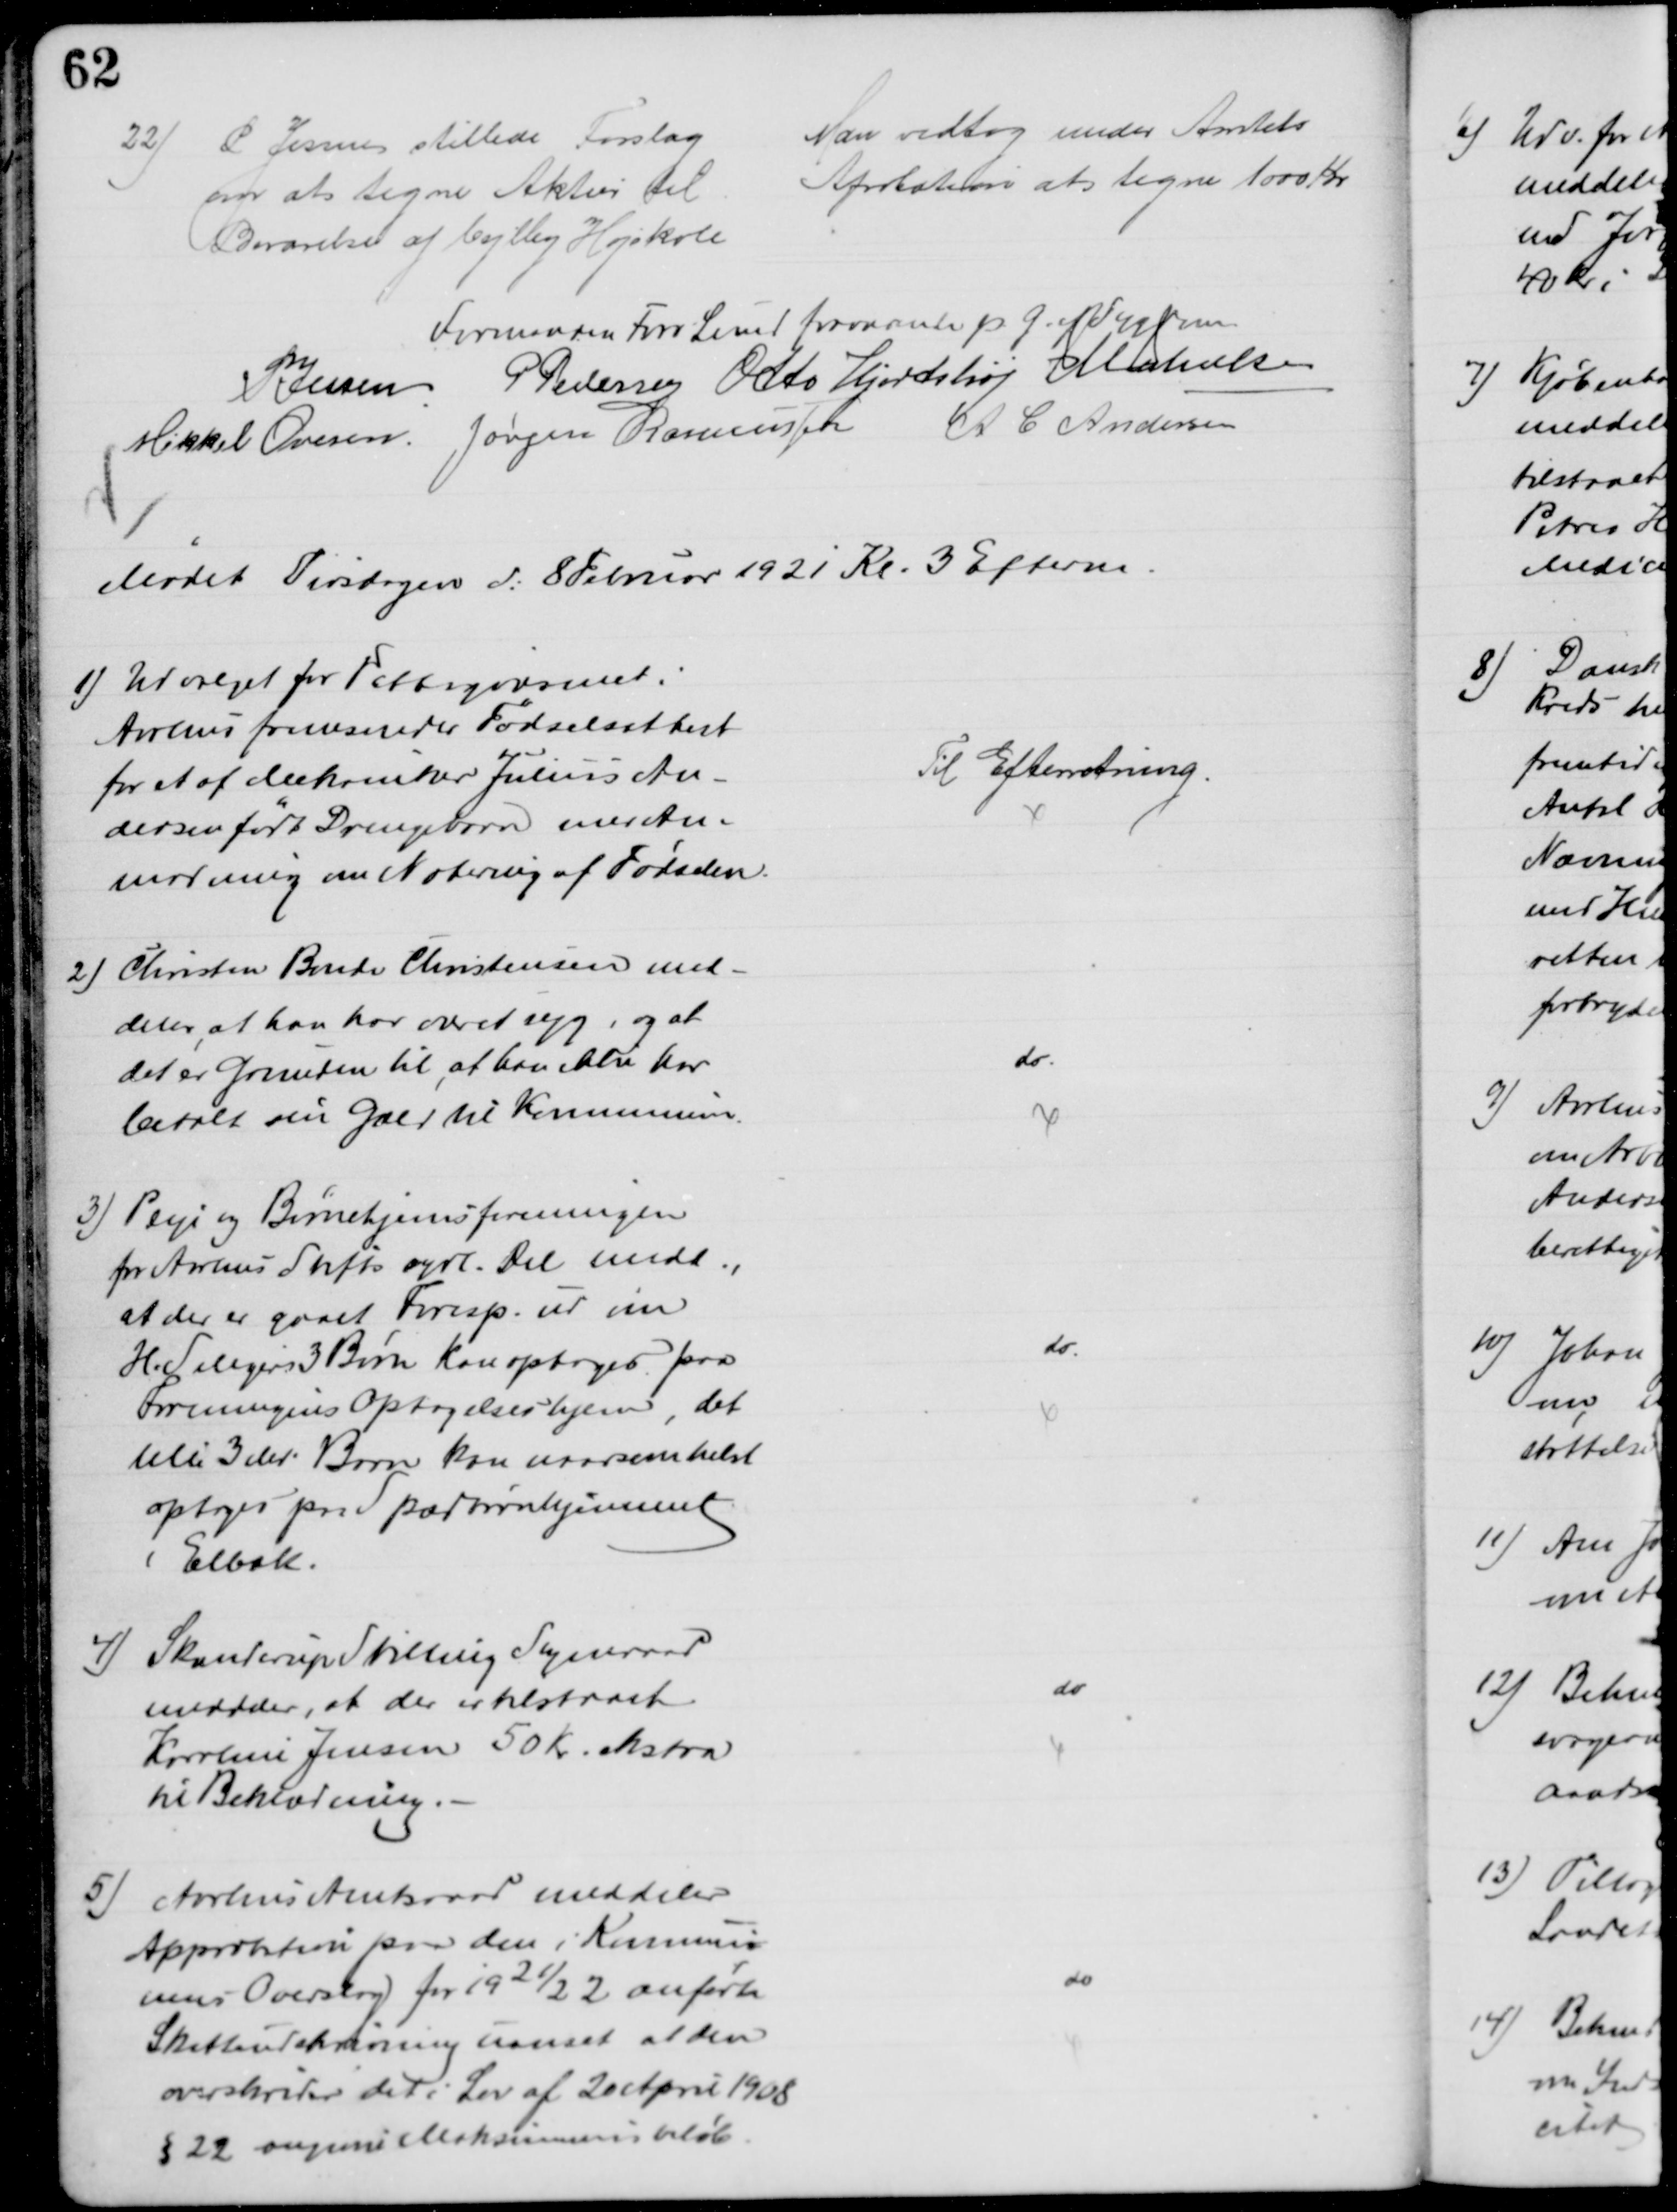
Transskription:
22)
P Jessen stillede Forslag
om at tegne Aktier til
Bevarelse af Vejlby Højskole
Man vedtog under Amtets
Aprobation at tegne 1000 Kr
Formanden Forv Lund fraværende p G. af Sygdom
P. Jessen P Pedersen Otto Hjortshøj J M Jakobsen
Mikkel Ovesen Jørgen Rasmussen A C Andersen
Mødet Tirsdagen d: 8 Februar 1921 Kl. 3 Efterm.
1) Udvalget for Fattigvæsenet i
Aarhus fremsender Fødselsattest
for et af Mekaniker Julius An-
dersen født Drengebarn med An-
modning om Notering af Fødselen.
Til Efterretning.
2) Christen Bonde Christensen med-
deler, at han har været syg, og at
det er Grunden til, at han ikke har
betalt sin Gæld til Kommunen.
do
3) Pleje og Børnehjemsforeningen
for Aarhus Stifts sydl. Del medd.
at der er gaaet Foresp. ud om
H. Seligers 3 Børn kan optages paa
Foreningens Optagelseshjem, det
lille 3 die Barn kan naarsomhelst
optages paa Spædbørnhjemmet
i Elbæk.
do
4) Skanderup Stilling Sogneraad
meddeler, at der tilstaaet
Karoline Jensen 50 Kr. ekstra
til Beklædning.
do
5)
Aarhus Amtsraad meddeler
Approbation paa den i Kommu-
nens Overslag for 1921/22 anførte
Skatteudskrivning uanset at den
overskrider det i Lov af 20 April 1908
§ 22 angivne Maksimumsbeløb
do